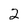
Character: 2